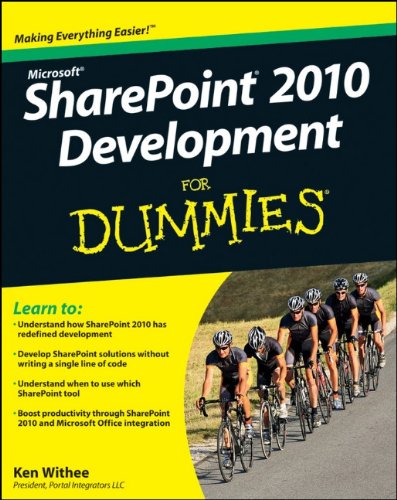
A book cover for SharePoint 2010 Development For Dummies; Ken Withee; Computers & Technology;